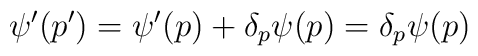
\psi^{\prime}(p^{\prime})=\psi^{\prime}(p)+\delta_{p}\psi (p)= \delta_{p}\psi (p)